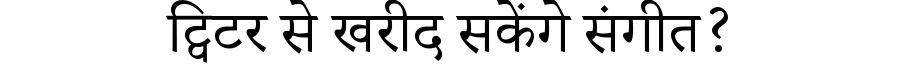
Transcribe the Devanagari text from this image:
ट्विटर से खरीद सकेंगे संगीत?